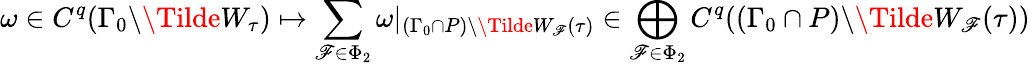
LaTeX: \omega\in C^{q}(\Gamma_{0}\backslash\Tilde{W}_{\tau})\mapsto\sum_{\mathscr{F}\in\Phi_{2}}\omega|_{(\Gamma_{0}\cap P)\backslash\Tilde{W}_{\mathscr{F}}(\tau)}\in\bigoplus_{\mathscr{F}\in\Phi_{2}}C^{q}((\Gamma_{0}\cap P)\backslash\Tilde{W}_{\mathscr{F}}(\tau))